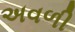
અવળી